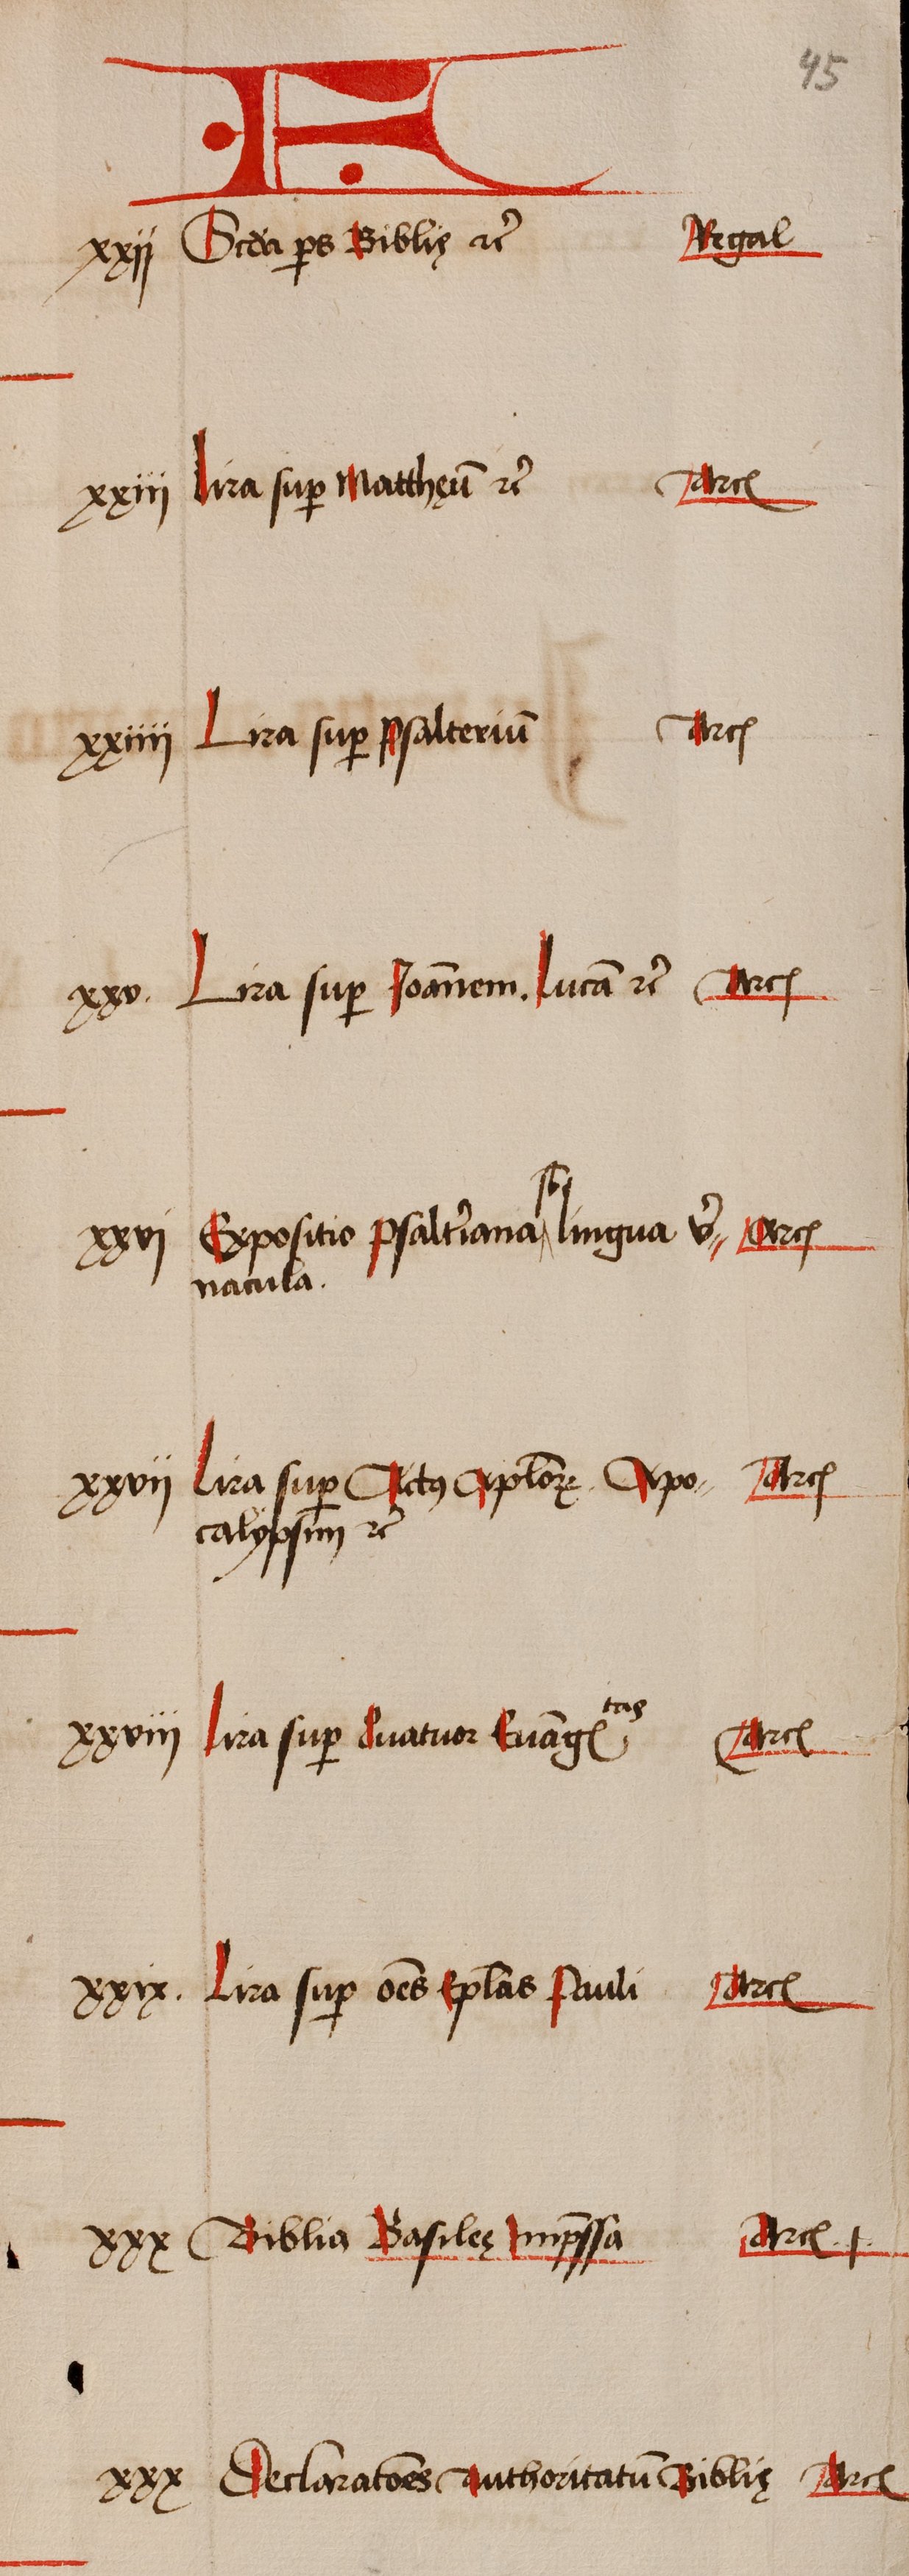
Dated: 1505–1535